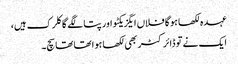
عہدہ لکھا ہوگا فلاں ایگزیکٹو اور پتا لگے گا کلرک ہیں،
ایک نے تو ڈائرکٹر بھی لکھا ہوا تھا تھا سچ۔